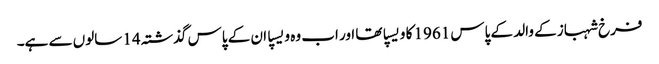
فرخ شہباز کے والد کے پاس 1961 کا ویسپا تھا اور اب وہ ویسپا ان کے پاس گذشتہ 14 سالوں سے ہے۔